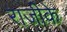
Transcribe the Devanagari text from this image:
राजीके